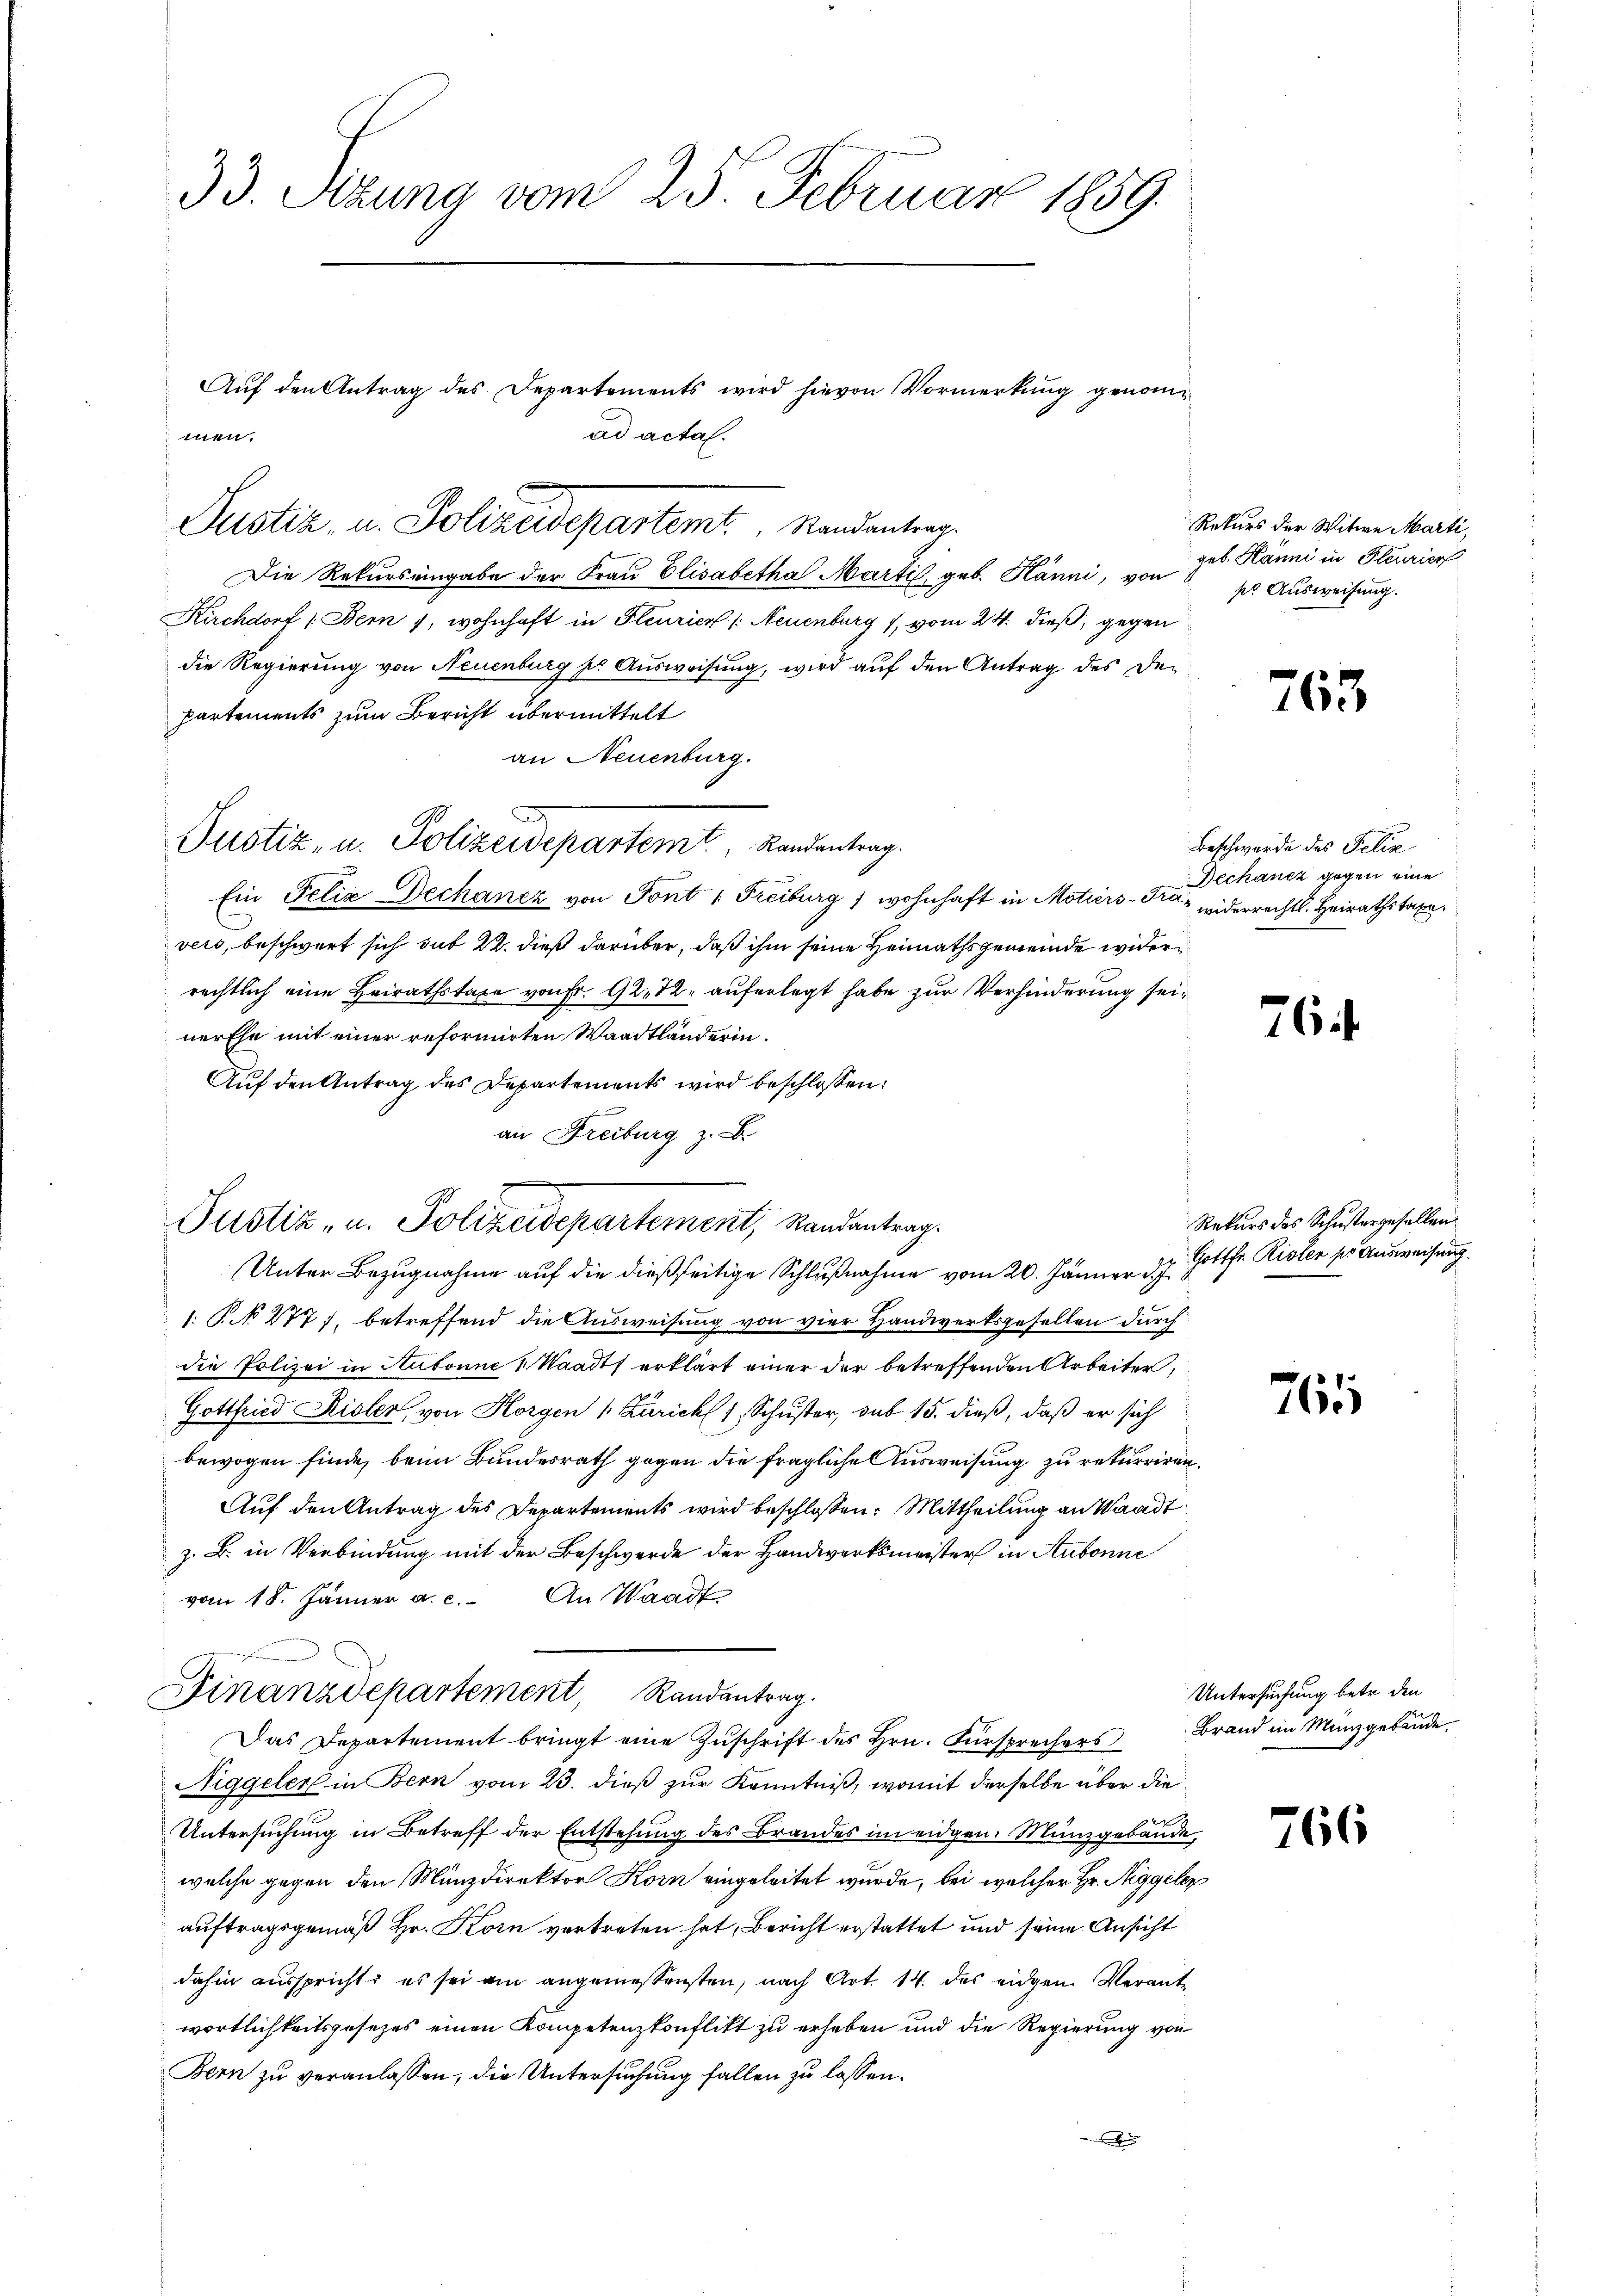
33. Sizung vom 25. Februar 1859.

Die Rekurs eingabe der Frau Elisabetha Marti, geb. Hänni, von
Kirchdorf (Bern 1, wohnhaft in Fleurien /: Neuenburg 1, vom 24. dieß, gegen
die Regierung von Neuenburg ser Ausweisung, wird auf den Antrag des Departements zum Bericht übermittelt
an Neuenburg.
Ein Felix Dechantz von Tont 1 Freiburg, wohnhaft in Motiers - Frau widerrechts. Heirathstaxevers, beschwert sich sub 22. dieß darüber, daß ihm seine Heimathsgemeinde widerrechtlich eine Heirathstaxe von Fr. 92. 12. auferlegt habe zur Verhinderung seinerEhe mit einer reformirten Waadtländerin.
Auf den Antrag des Departements wird beschlossen:
an Freiburg z. B
Unter Bezugnahme auf die dießseitige Schlußnahme vom 20. Jänner d. J.
1. §. 277), betreffend die Ausweisung von vier Handwerksgesellen durch
die Polizei in Hubonne & Waadt erklärt einer der betreffenden Arbeiter,
Gottfried Risler, von Horgen (: Zürich 1 Schuster, sub 15. dieß, daß er sich
bewogen finde, beim Bundesrath gegen die fragliche Ausweisung zu rekurriren.
Auf den Antrag des Departements wird beschlossen: Mittheilung an Waadt
z. B. in Verbindung mit der Beschwerde der Handwerksmeister in Aubonne
vom 18. Jänner a. c. An Waadt,
Finanzdepartement, Randantrag.
Das Departement bringt eine Zŭschrift des Hrn. Fürsprechers Brand im Münzgebäude.
Niggeler in Bern vom 23. dieß zur Kenntniß, womit derselbe über die
Untersuchung in Betreff der Entstehung des Brandes im eidgen. Münzgebäude,
welche gegen den Münzdirektor Korn eingeleitet wurde, bei welcher Hr. Riggeleg
auftragsgemäß Hr. Korn vertreten hat, Bericht erstattet und seine Ansicht
dahin ausspricht; es sei ein angemeßensten, nach Art. 14. das eidgen Verantwortlichkeitsgesetzes einen Kompetenzkonflikt zu erheben und die Regierung von
Bern zu veranlassen, die Untersuchung fallen zu lassen.
e

ad acta.
men.
Justiz, u. Polizeidepartemt. Mandanter

Auf den Antrag des Departements wird hievon Vormerkung genom¬

Justiz- u. Polizeidepartemt. Randentrag.

e
Justiz- u. Polizeidepartement, Randantrag

Rekurs der Witwe Marti,
geb. Kanni in Feurier
so Ausweisung.

763

Beschwerde des Felix
Dechancz gegen eine

76

Rekurs des Schustergesellen.
Gottfr. Risler pr Ausweisung.

761

Untersuchung betr. den

766